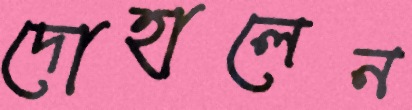
দোহালেন